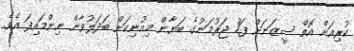
ކުރިއަށް އޮތް ސީޒަނަށް ފަހު ޖަރުމަނުގެ ބަޔާން މިއުނިކަށް ބަދަލުވާން ނިންމައިފަ އެވެ.